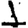
Digit: 1